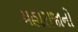
મહારાજાનો